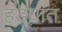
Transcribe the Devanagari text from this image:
हंड्यात